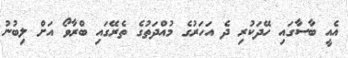
އެއީ ބާސާގައި ހޭދަކުރި ދެ އަހަރުގެ މުއްދަތުގެ ތެރޭގައި ބްރާވޯ އަށް ލިބުނު